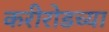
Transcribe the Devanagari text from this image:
करीरोडच्या